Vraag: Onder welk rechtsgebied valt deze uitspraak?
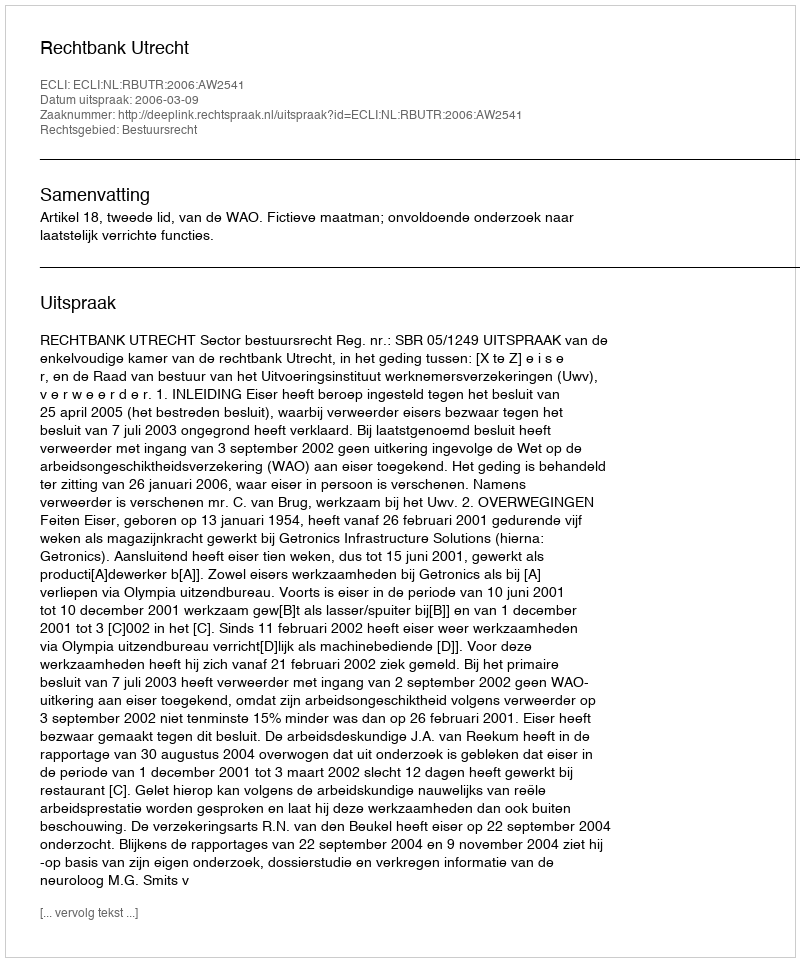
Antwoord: Bestuursrecht